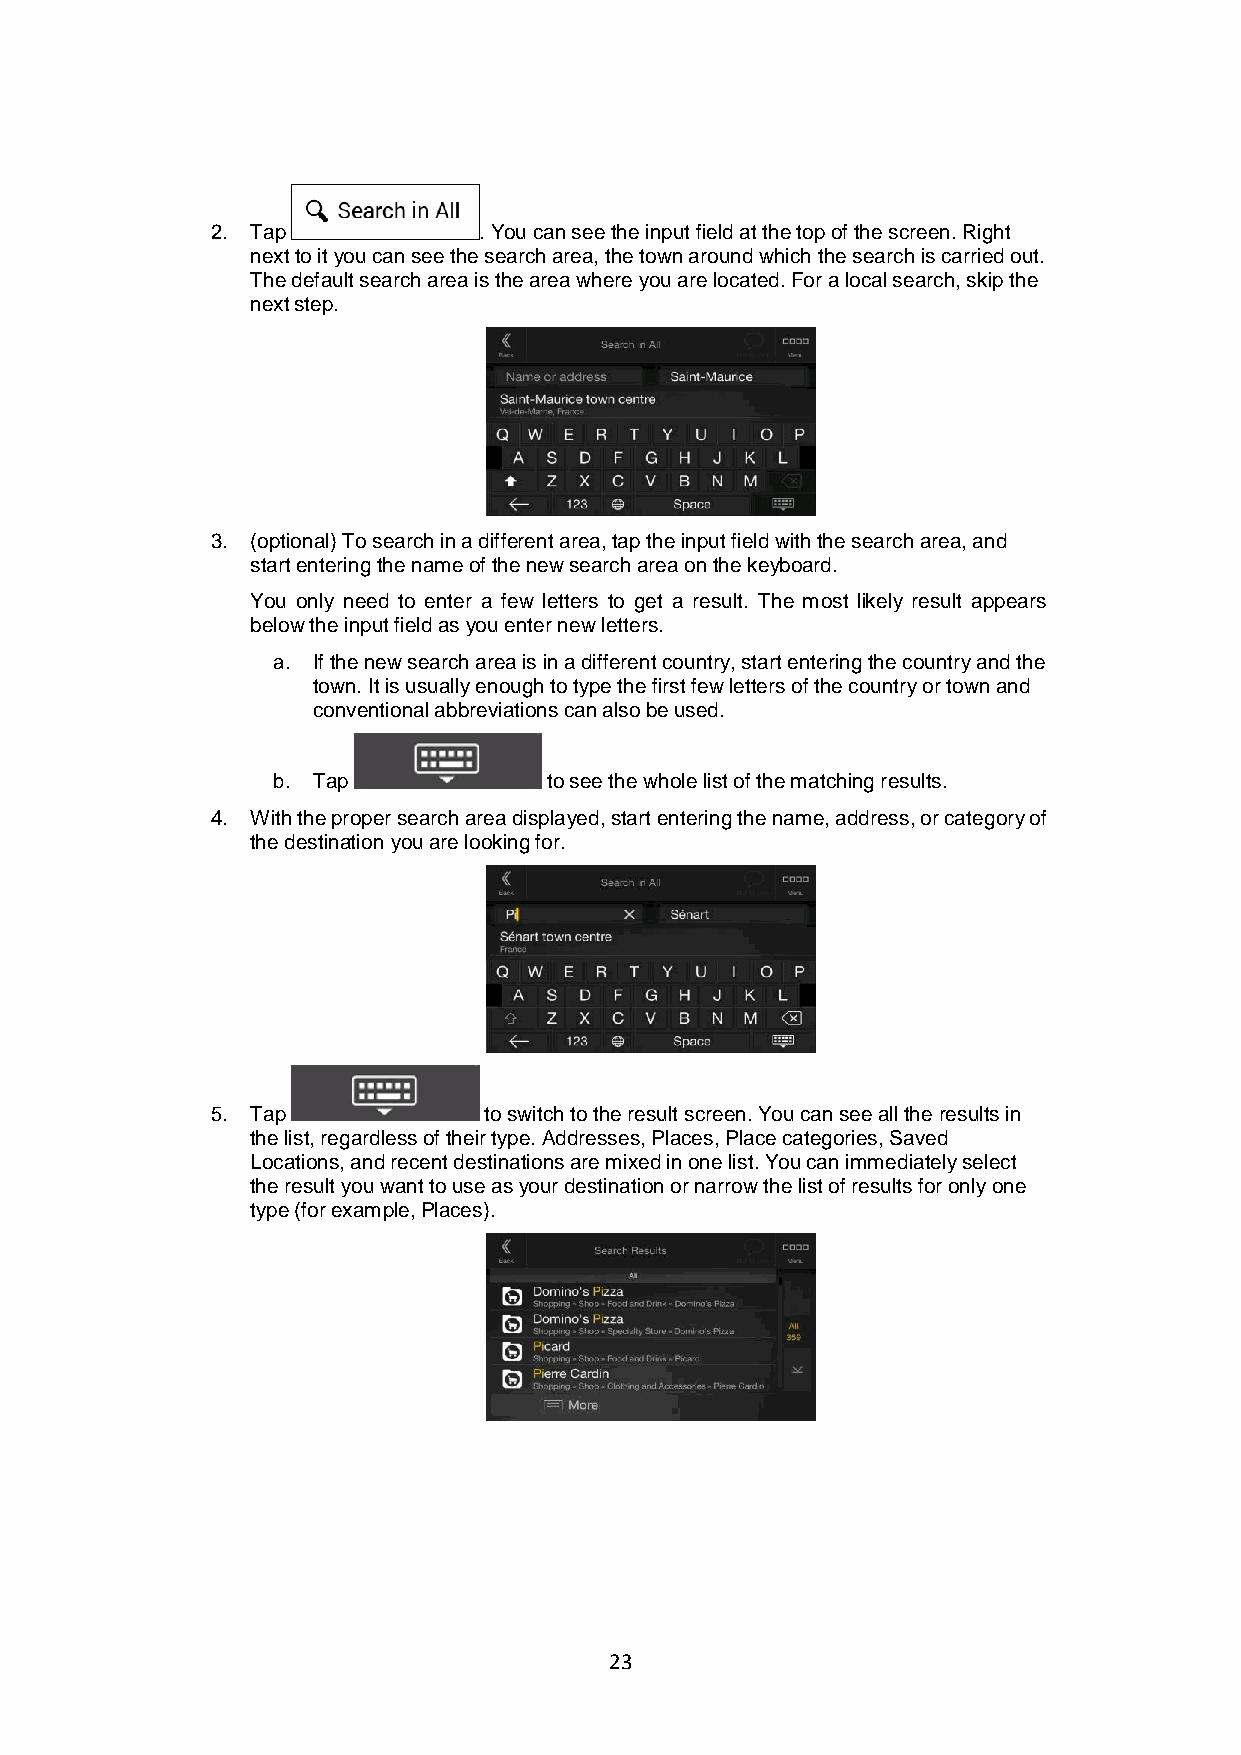
2. Tap            . You can see the input field at the top of the screen. Right
 next to it you can see the search area, the town around which the search is carried out.
 The default search area is the area where you are located. For a local search, skip the
 next step.
 3. (optional) To search in a different area, tap the input field with the search area, and
 start entering the name of the new search area on the keyboard.
 You only need to enter a few letters to get a result. The most likely result appears
 below the input field as you enter new letters.
 a. If the new search area is in a different country, start entering the country and the
 town. It is usually enough to type the first few letters of the country or town and
 conventional abbreviations can also be used.
 b. Tap            to see the whole list of the matching results.
 4. With the proper search area displayed, start entering the name, address, or category of
 the destination you are looking for.
 5. Tap            to switch to the result screen. You can see all the results in
 the list, regardless of their type. Addresses, Places, Place categories, Saved
 Locations, and recent destinations are mixed in one list. You can immediately select
 the result you want to use as your destination or narrow the list of results for only one
 type (for example, Places).
 23